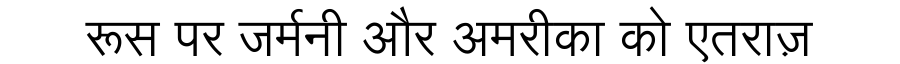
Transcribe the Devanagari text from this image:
रूस पर जर्मनी और अमरीका को एतराज़